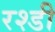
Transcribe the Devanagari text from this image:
रश्डी